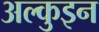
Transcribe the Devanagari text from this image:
अल्कुइन